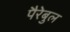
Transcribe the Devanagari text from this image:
पैरेबुल